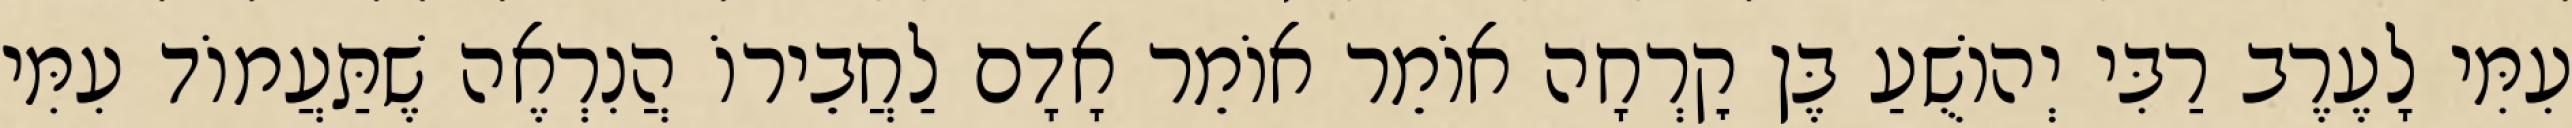
עִמִּי לָעֶרֶב רַבִּי יְהוֹשֻׁעַ בֶּן קׇרְחָה אוֹמֵר אוֹמֵר אָדָם לַחֲבֵירוֹ הֲנִרְאֶה שֶׁתַּעֲמוֹד עִמִּי